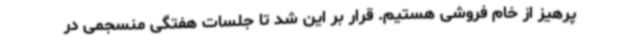
پرهیز از خام فروشی هستیم. قرار بر این شد تا جلسات هفتگی منسجمی در